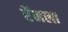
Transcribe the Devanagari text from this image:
रॅमला